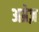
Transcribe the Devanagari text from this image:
अग्रेज़